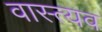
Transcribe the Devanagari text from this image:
वास्त्यव